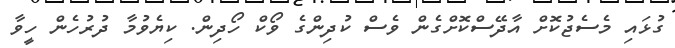
ގުޅައި މެސެޖުކޮށް އާދޭސްކޮށްގެން ވެސް ކުދިންގެ ވޯކް ހޯދިން. ކިޔެވުމާ ދުރުހެން ހީވާ